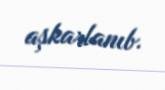
aşkarlanıb.